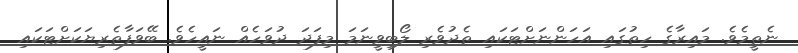
ނެތީމެވެ. މައިރާގެ ހިތުގައި އަހަންނަށްޓަކައި ތެދުވެރި ލޯބިވީނަަމަ މިފަދަ ދުވަހެއް ނައީހެވެ. ބޭވަފާތެރިޔަކަށްޓަކައި